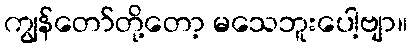
ကျွန်တော်တို့တော့ မသေဘူးပေါ့ဗျာ။